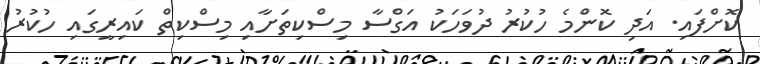
ކޮށްފައި. އަދި ކޮންމެ ހުކުރު ދުވަހަކު އަގްސާ މިސްކިތަށާއި މިސްކިތް ކައިރީގައި ހުކުރު